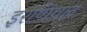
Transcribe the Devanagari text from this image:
इरणियल